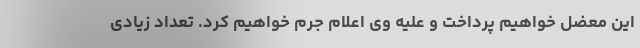
این معضل خواهیم پرداخت و علیه وی اعلام جرم خواهیم کرد. تعداد زیادی